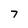
Character: 7